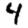
Digit: 4